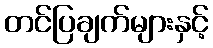
တင်ပြချက်များနှင့်